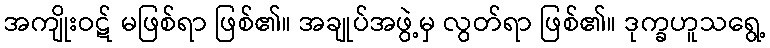
အကျိုးဝဋ် မဖြစ်ရာ ဖြစ်၏။ အချုပ်အဖွဲ့မှ လွတ်ရာ ဖြစ်၏။ ဒုက္ခဟူသရွေ့